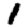
Digit: 1